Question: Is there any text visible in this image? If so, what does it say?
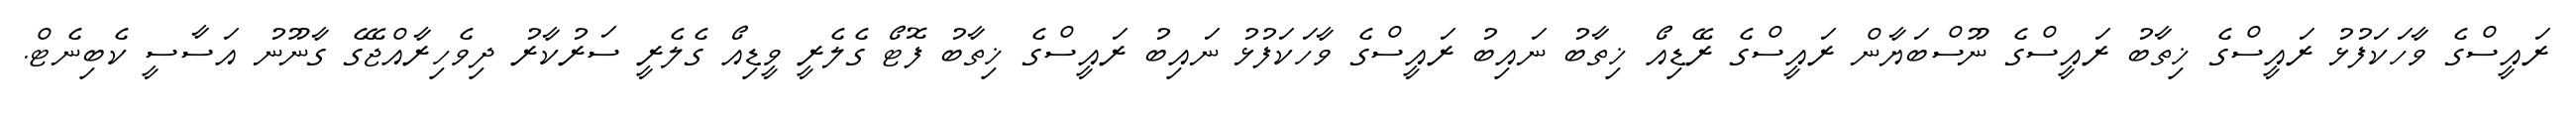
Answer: ރައީސްގެ ވާހަކަފުޅު ރައީސްގެ ޚިތާބު ރައީސްގެ ނޫސްބަޔާން ރައީސްގެ ރޭޑިއޯ ޚިތާބު ނައިބު ރައީސްގެ ވާހަކަފުޅު ނައިބު ރައީސްގެ ޚިތާބު ފޮޓޯ ގެލެރީ ވީޑިއޯ ގެލެރީ ސަރުކާރު ދިވެހިރާއްޖޭގެ ގާނޫނު އަސާސީ ކެބިނެޓް.